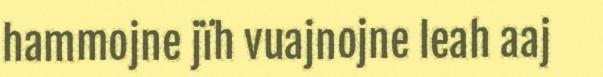
hammojne jïh vuajnojne leah aaj